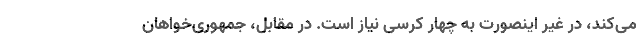
می‌کند، در غیر اینصورت به چهار کرسی نیاز است. در مقابل، جمهوری‌خواهان